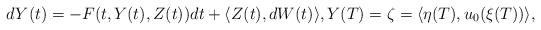
LaTeX: \begin{align*}dY(t)=- F(t,Y(t),Z(t))dt+ \langle Z(t),dW(t)\rangle,Y(T)=\zeta= \langle \eta(T),u_0(\xi(T))\rangle,\end{align*}